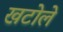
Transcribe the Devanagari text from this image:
खटोले